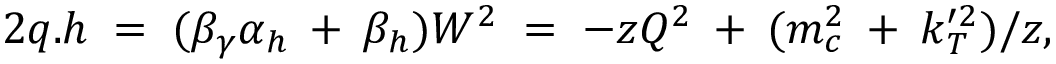
2 q . h \; = \; ( \beta _ { \gamma } \alpha _ { h } \: + \: \beta _ { h } ) W ^ { 2 } \; = \; - z Q ^ { 2 } \: + \: ( m _ { c } ^ { 2 } \: + \: k _ { T } ^ { \prime 2 } ) / z ,